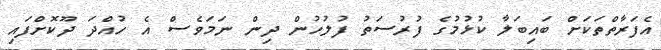
އެފަރާތްތަކަށް ބައިބަލާ ކުޅުމުގެ ފުރުސަތު ފުލުހުން ދިން ނަމަވެސް އެ ހުއްދަ ދޫކޮށްފައި